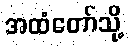
အထံတော်သို့